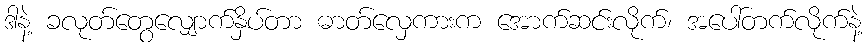
ဒါနဲ့ ခလုတ်တွေလျှောက်နှိပ်တာ ဓာတ်လှေကားက အောက်ဆင်းလိုက်၊ အပေါ်တက်လိုက်နဲ့